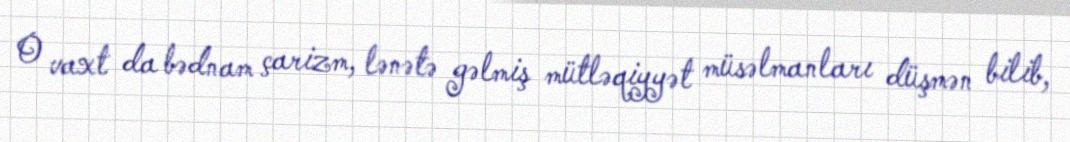
O vaxt da bədnam çarizm, lənətə gəlmiş mütləqiyyət müsəlmanları düşmən bilib,